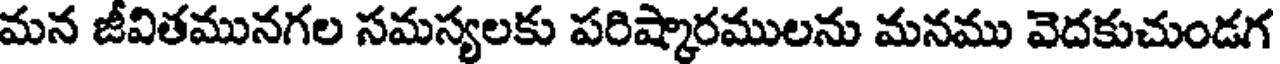
మన జీవితమునగల సమస్యలకు పరిష్కారములను మనము వెదకుచుండగ